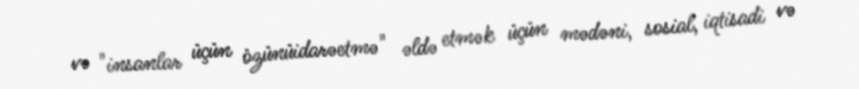
və "insanlar üçün özünüidarəetmə" əldə etmək üçün mədəni, sosial, iqtisadi və